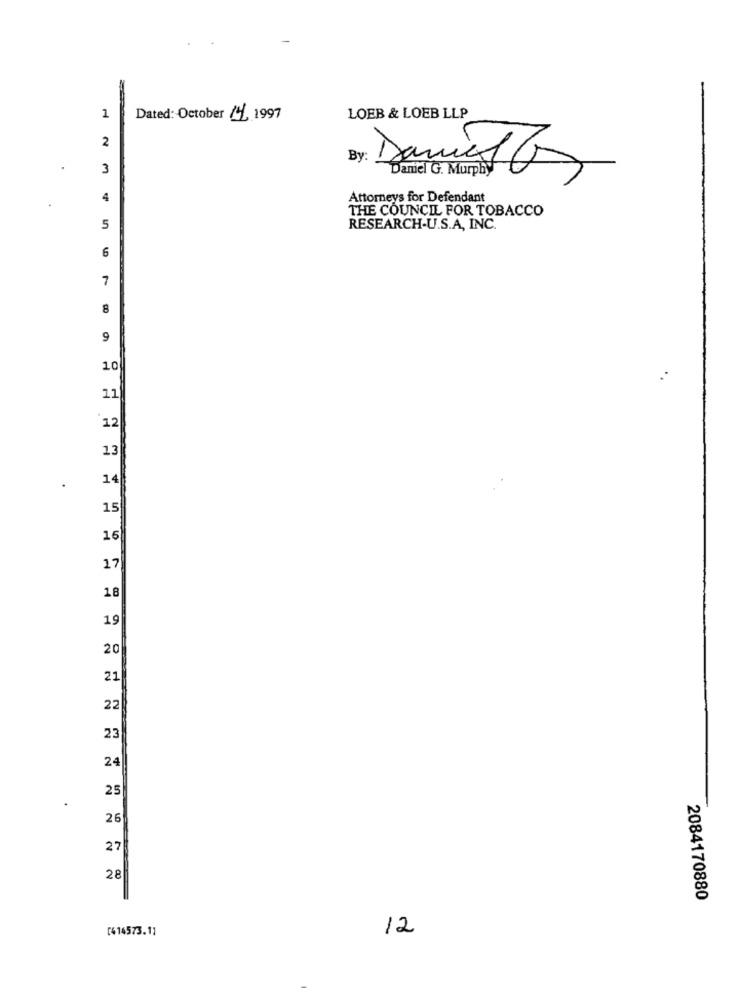
1
Dated: October /4/, 1997
LOEB & LOEB LLP
2
By:
3
Daniel G. Murphy
Damit Gs
4
Attorneys for Defendant
THE COUNCIL FOR TOBACCO
5
RESEARCH-U.S.A, INC.
6
7
8
9
10
11
12
13
14
15
16
17
18
19
20
21
22
23
24
25
26
27
28
2084170880
[414573.11
12